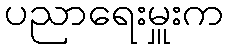
ပညာရေးမှူးက